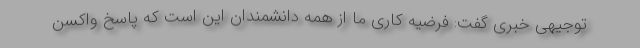
توجیهی خبری گفت: فرضیه کاری ما از همه دانشمندان این است که پاسخ واکسن